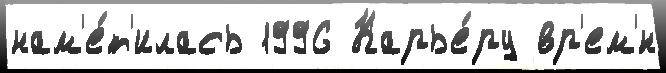
нам'е́т'илась 1996 Карье́ру вр'ем'́н